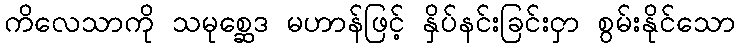
ကိလေသာကို သမုစ္ဆေဒ မဟာန်ဖြင့် နှိပ်နင်းခြင်းငှာ စွမ်းနိုင်သော